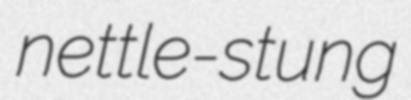
nettle-stung